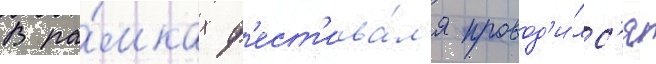
В ра́мках ф'ест'ива́л'я провод'и́лс'я